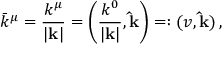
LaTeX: \bar { k } ^ { \mu } = \frac { k ^ { \mu } } { | { \bf k } | } = \left( \frac { k ^ { 0 } } { | { \bf k } | } , { \bf \hat { k } } \right) = : ( v , { \bf \hat { k } } ) \, ,